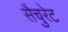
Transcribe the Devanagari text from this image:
सैचुरेट